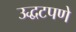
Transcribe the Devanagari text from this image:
उद्धटपणे